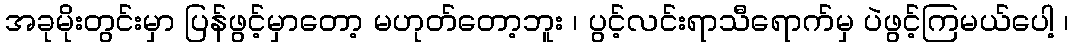
အခုမိုးတွင်းမှာ ပြန်ဖွင့်မှာတော့ မဟုတ်တော့ဘူး ၊ ပွင့်လင်းရာသီရောက်မှ ပဲဖွင့်ကြမယ်ပေါ့ ၊